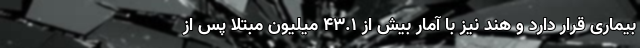
بیماری قرار دارد و هند نیز با آمار بیش از ۴۳.۱ میلیون مبتلا پس از